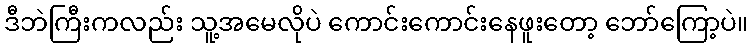
ဒီဘဲကြီးကလည်း သူ့အမေလိုပဲ ကောင်းကောင်းနေဖူးတော့ ဘော်ကြော့ပဲ။